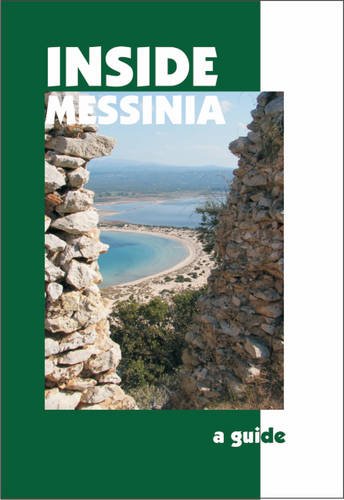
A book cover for Inside Messinia: A Guide; Andrew Bostock; Travel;